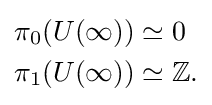
{\begin{aligned}\pi _{0}(U(\infty ))&\simeq 0\\\pi _{1}(U(\infty ))&\simeq \mathbb {Z} .\end{aligned}}